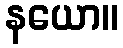
နယော။